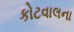
કોટવાલના